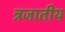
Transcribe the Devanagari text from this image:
न्रजातीय